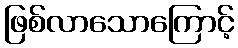
ဖြစ်လာသောကြောင့်